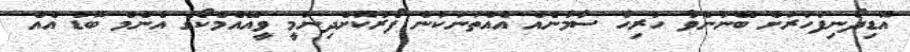
އޮޑިދޯނިފަހަރަށް ބޭނުންވާ ހުރިހާ ސާމާނެއް އެއްތަނަކުން ފޯރުކޮށްދިނުމީ ވީއޭއެމްކޯގެ އެންމެ ބޮޑު އެއް